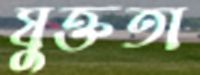
যুক্ততা